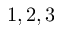
1 , 2 , 3